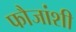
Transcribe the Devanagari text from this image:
फौजांशी